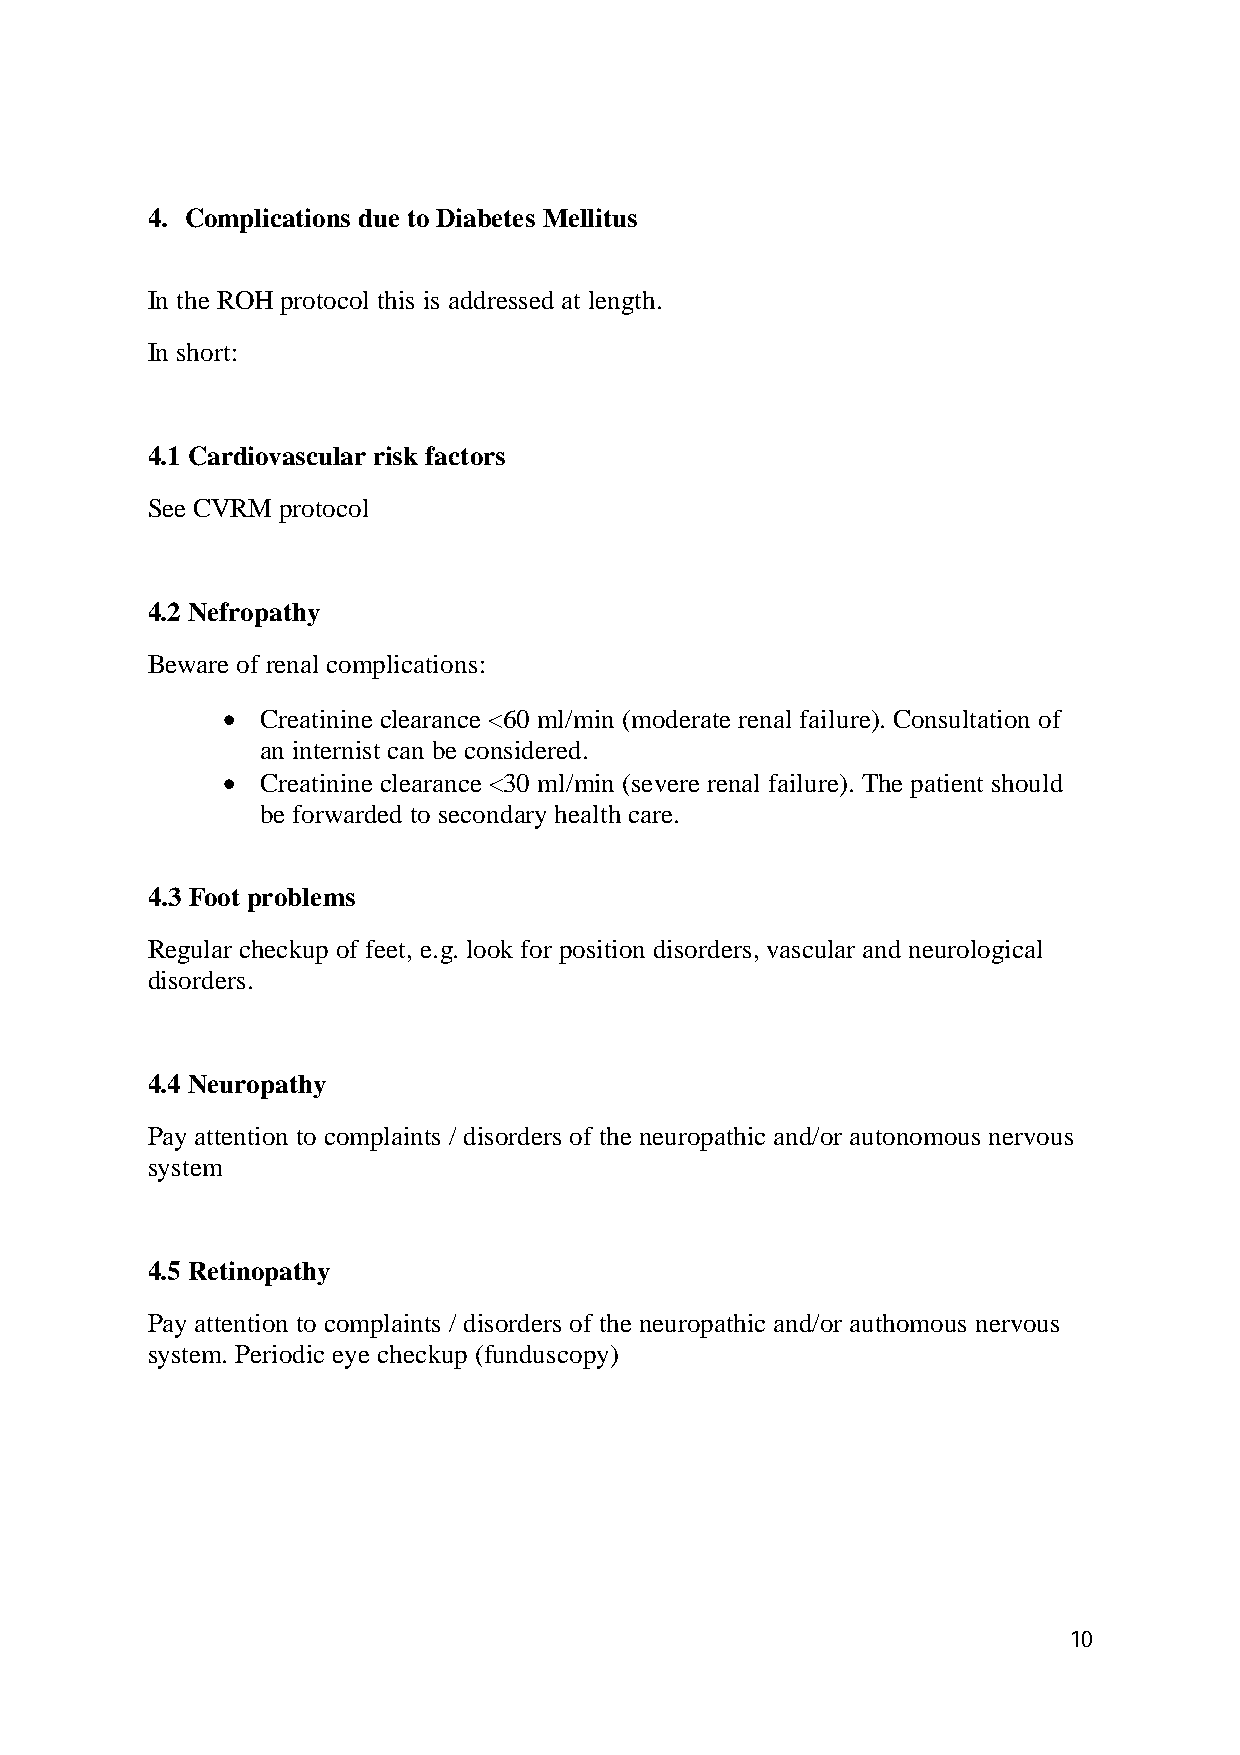
4. Complications due to Diabetes Mellitus
 In the ROH protocol this is addressed at length.
 In short:
 4.1 Cardiovascular risk factors
 See CVRM protocol
 4.2 Nefropathy
 Beware of renal complications:
  Creatinine clearance <60 ml/min (moderate renal failure). Consultation of
 an internist can be considered.
  Creatinine clearance <30 ml/min (severe renal failure). The patient should
 be forwarded to secondary health care.
 4.3 Foot problems
 Regular checkup of feet, e.g. look for position disorders, vascular and neurological
 disorders.
 4.4 Neuropathy
 Pay attention to complaints / disorders of the neuropathic and/or autonomous nervous
 system
 4.5 Retinopathy
 Pay attention to complaints / disorders of the neuropathic and/or authomous nervous
 system. Periodic eye checkup (funduscopy)
 10